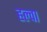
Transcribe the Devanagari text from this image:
हल्वा